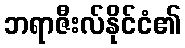
ဘရာဇီးလ်နိုင်ငံ၏